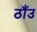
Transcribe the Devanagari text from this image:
ठाँउ